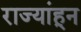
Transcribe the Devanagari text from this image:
राज्यांहून